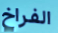
الفراخ